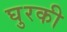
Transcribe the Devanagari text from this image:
घुरकी